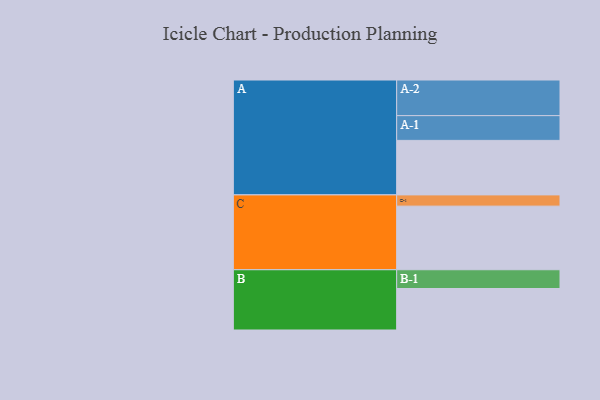
{"axis": {"x": "Segment", "y": "Value"}, "legend": ["", "A", "B", "C"], "data": [{"x": "A", "y": 456, "type": ""}, {"x": "B", "y": 347, "type": ""}, {"x": "C", "y": 532, "type": ""}, {"x": "A-1", "y": 207, "type": "A"}, {"x": "A-2", "y": 298, "type": "A"}, {"x": "B-1", "y": 157, "type": "B"}, {"x": "C-1", "y": 94, "type": "C"}]}